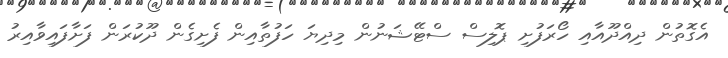
އެގޮތުން ދިއްދޫއާއި ހޯރަފުށި ޕޮލިސް ސްޓޭޝަނުން މިދިޔަ ހަފުތާއިން ފެށިގެން ދޫކުރަން ފަށާފައިވާއިރު